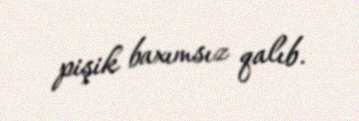
pişik baxımsız qalıb.